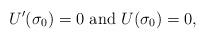
LaTeX: \begin{align*}U^{\prime} (\sigma_{0})=0 \mbox{ and } U (\sigma_{0})=0,\end{align*}